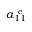
a _ { 1 1 } ^ { \mathrm { ~ e ~ } }